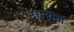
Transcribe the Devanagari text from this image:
वचनाचा